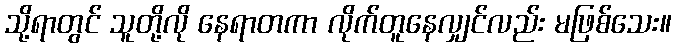
သို့ရာတွင် သူတို့လို နေရာတကာ လိုက်တူနေလျှင်လည်း မဖြစ်သေး။